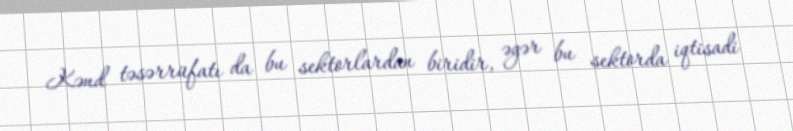
Kənd təsərrüfatı da bu sektorlardan biridir, əgər bu sektorda iqtisadi